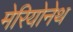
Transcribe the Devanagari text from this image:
मेरियोनेथ